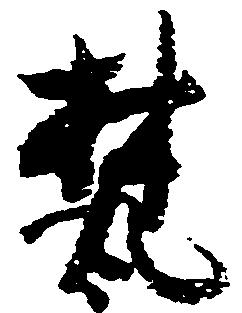
梵